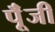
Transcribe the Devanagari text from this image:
पूॅंजी